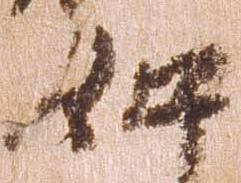
如